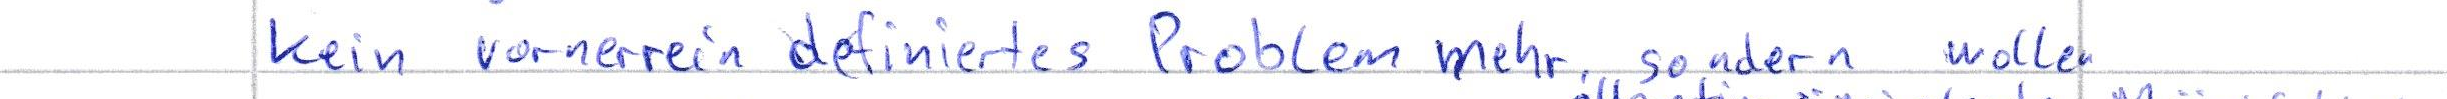
kein vornerein definiertes Problem mehr sondern wollen